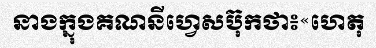
នាងក្នុងគណនីហ្វេសប៊ុកថា៖«ហេតុ